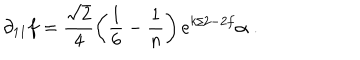
LaTeX: \partial _ { 1 1 } f = \frac { \sqrt { 2 } } { 4 } \left( \frac { 1 } { 6 } - \frac { 1 } { n } \right) e ^ { k / 2 - 2 f } \alpha \; .